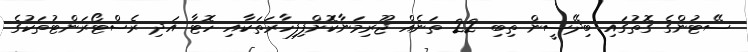
ސޭޓުންގެ ގޮތުގައި ބިދޭސީން ތިބި 22 ތަނެއް ޖޫރިމަނާކޮށްފިފިހާރަތަކާއި ހޮޓާ އަދި ރެސްޓޯރަންޓުތަކުގެ